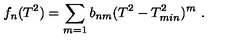
f _ { n } ( T ^ { 2 } ) = \sum _ { m = 1 } b _ { n m } ( T ^ { 2 } - T _ { m i n } ^ { 2 } ) ^ { m } \ .